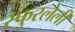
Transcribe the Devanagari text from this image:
स्फुरलेली